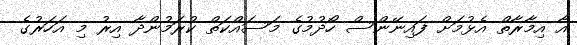
އާ އިމާރާތް އެޅުމަށް ފައިނޭންސް ހޯދުމުގެ މަސައްކަތް ކުރަމުންދާ އިރު މި އަހަރުގެ